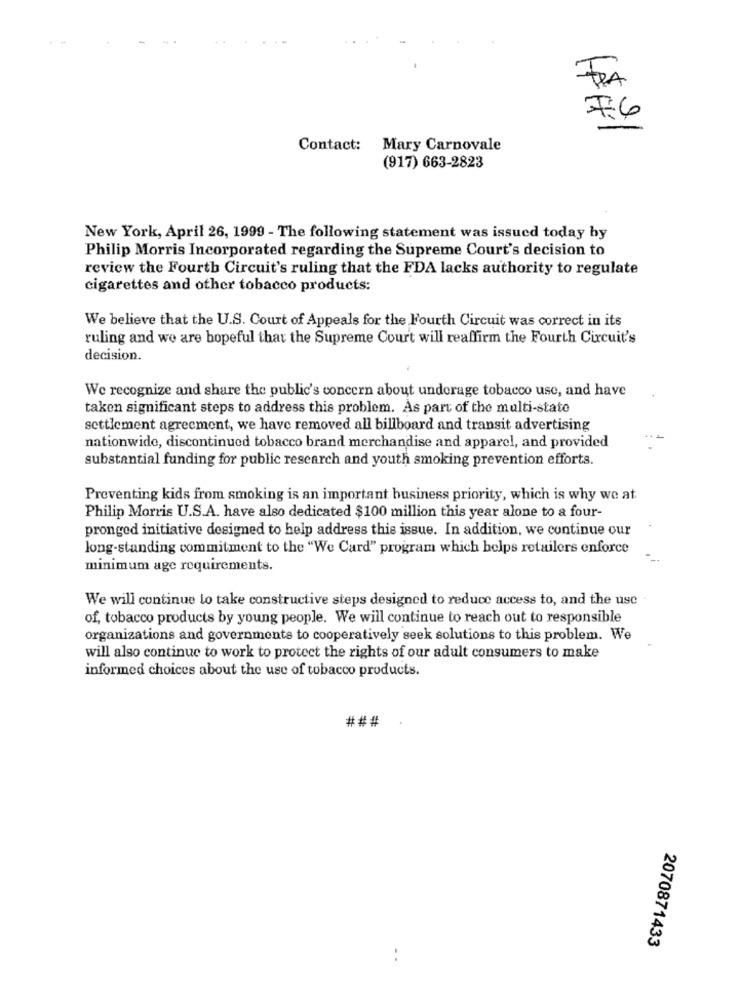
FRA
76
Contact: Mary Carnovale
(917) 663-2823
New York, April 26, 1999 - The following statement was issued today by
Philip Morris Incorporated regarding the Supreme Court's decision to
review the Fourth Circuit's ruling that the FDA lacks authority to regulate
cigarettes and other tobacco products:
We believe that the U.S. Court of Appeals for the Fourth Circuit was correct in its
ruling and we are hopeful that the Supreme Court will reaffirm the Fourth Circuit's
decision.
We recognize and share the public's concern about underage tobacco use, and have
taken significant steps to address this problem. As part of the multi-state
settlement agreement, we have removed all billboard and transit advertising
nationwide, discontinued tobacco brand merchandise and apparel, and provided
substantial funding for public research and youth smoking prevention efforts.
Preventing kids from smoking is an important business priority, which is why we at
Philip Morris U.S.A. have also dedicated $100 million this year alone to a four-
pronged initiative designed to help address this issue. In addition, we continue our
long-standing commitment to the "We Card" program which helps retailers enforce
minimum age requirements.
We will continue to take constructive steps designed to reduce access to, and the use
of, tobacco products by young people. We will continue to reach out to responsible
organizations and governments to cooperatively seek solutions to this problem. We
will also continue to work to protect the rights of our adult consumers to make
informed choices about the use of tobacco products.
###
2070871433